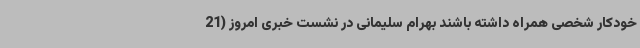
خودکار شخصی همراه داشته باشند بهرام سلیمانی در نشست خبری امروز (21